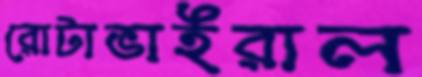
রোটাভাইরাল